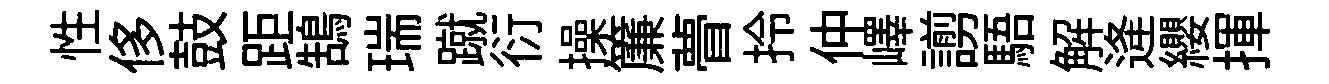
性侈鼓距鵠瑞蹴衍操簾瞢拎仲嶧謭䮏解逄纓揮